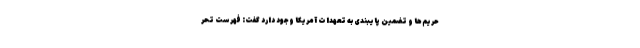
حریم‌ها و تضمین پایبندی به تعهدات آمریکا وجود دارد گفت: فهرست تحر